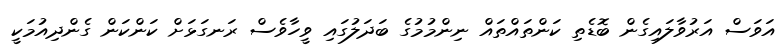
އަވަސް އަރުވާލައިގެން ބޮޑެތި ކަންތައްތައް ނިންމުމުގެ ބަދަލުގައި ވީހާވެސް ރަނގަޅަށް ކަންކަން ގެންދިއުމަކީ